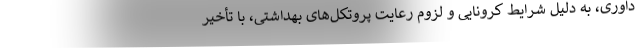
داوری، به دلیل شرایط کرونایی و لزوم رعایت پروتکل‌های بهداشتی، با تأخیر